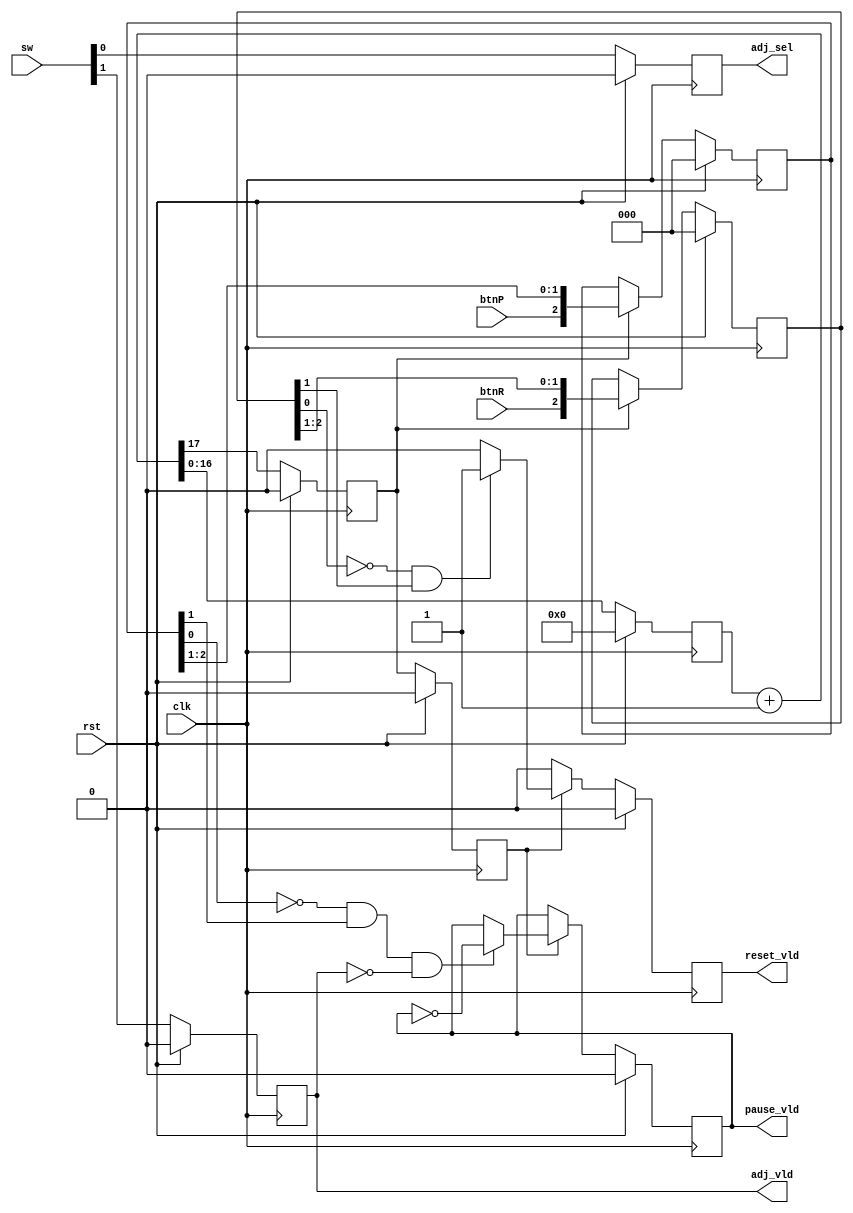
`timescale 1ns / 1ps

module InputHandle(rst, clk, btnR, btnP, sw, pause_vld, reset_vld, adj_vld, adj_sel);

input rst;
input clk;
input btnR;
input btnP;
input [1:0] sw;

output reg pause_vld;
output reg reset_vld;
output reg adj_vld;
output reg adj_sel;

initial pause_vld = 0;

wire [17:0] clk_dv_inc;

reg [16:0]  clk_dv;
reg         clk_en;
reg         clk_en_d;

reg [2:0]   step_r;
reg [2:0]   step_p;

// ===========================================================================
// timing signal for clock enable
// ===========================================================================

assign clk_dv_inc = clk_dv + 1;
   
always @ (posedge clk)
  if (rst)
    begin
       clk_dv   <= 0;
       clk_en   <= 1'b0;
       clk_en_d <= 1'b0;
    end
  else
    begin
       clk_dv   <= clk_dv_inc[16:0];
       clk_en   <= clk_dv_inc[17];
       clk_en_d <= clk_en;
    end
	 
// ===========================================================================
// Instruction Stepping Control / Debouncing
// ===========================================================================

   
  wire is_btnR_posedge;
  wire is_btnP_posedge;
  assign is_btnR_posedge = ~ step_r[0] & step_r[1];
  assign is_btnP_posedge = ~ step_p[0] & step_p[1];
  
  always @ (posedge clk) begin
     if (rst)
       begin
          step_r[2:0]  <= 0;
			 step_p[2:0]  <= 0;
       end
     else if (clk_en) begin // Down sampling
       step_r[2:0]  <= {btnR, step_r[2:1]};
       step_p[2:0]  <= {btnP, step_p[2:1]};
     end
   end

   always @ (posedge clk)
     if (rst) begin
       reset_vld <= 1'b0;
		 pause_vld <= 1'b0;
     end else if (clk_en_d) begin
     if (is_btnR_posedge)
      reset_vld <= 1'b1;
     else
      reset_vld <= 1'b0;
	  if (is_btnP_posedge && !adj_vld)
      pause_vld <= ~pause_vld;
    end else begin
      reset_vld <= 0;
    end

   always @ (posedge clk)
     if (rst) begin
		 adj_vld <= 0;
		 adj_sel <= 0;
     end else begin
		 adj_vld <= sw[1];
		 adj_sel <= sw[0];
	  end
	  
endmodule